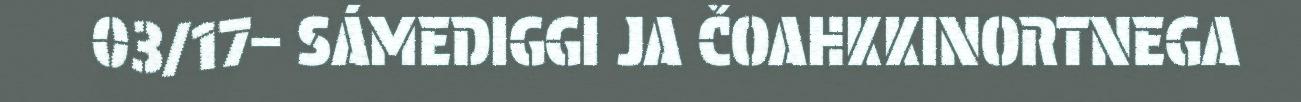
03/17– SÁMEDIGGI JA ČOAHKKINORTNEGA